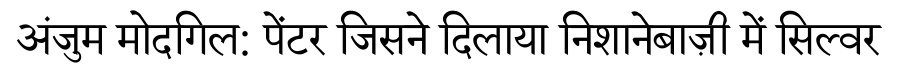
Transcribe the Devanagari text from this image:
अंजुम मोदगिल: पेंटर जिसने दिलाया निशानेबाज़ी में सिल्वर